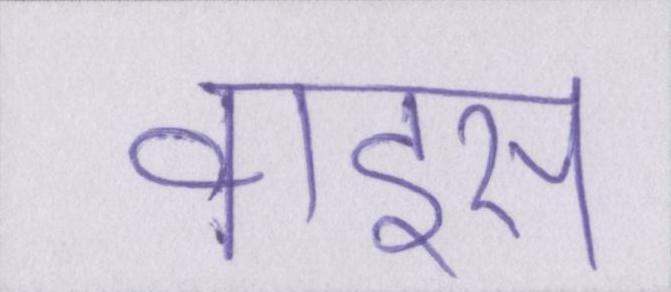
वाइस